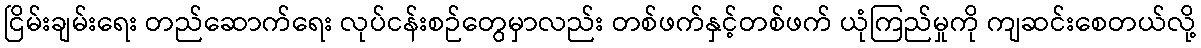
ငြိမ်းချမ်းရေး တည်ဆောက်ရေး လုပ်ငန်းစဉ်တွေမှာလည်း တစ်ဖက်နှင့်တစ်ဖက် ယုံကြည်မှုကို ကျဆင်းစေတယ်လို့